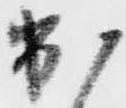
出